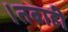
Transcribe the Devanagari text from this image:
।तबाही